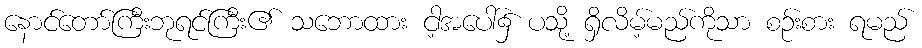
နောင်တော်ကြီးဘုရင်ကြီး၏ သဘောထား ငါ့အပေါ်၌ ပသို့ ရှိလိမ့်မည်ကိုသာ စဉ်းစား ရမည်